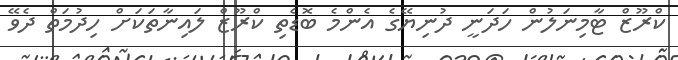
ކްރޫޒް ޓާމިނަލުން ހަދަނީ ދުނިޔޭގެ އެންމެ ބޮޑެތި ކްރޫޒް ލައިނާތަކަށް ހިދުމަތް ދެވޭ